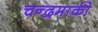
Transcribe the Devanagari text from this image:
चन्द्रमाकी